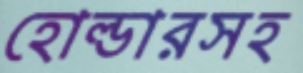
হোল্ডারসহ